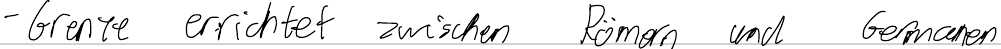
- Grenze errichtet zwischen Römern und Germanen